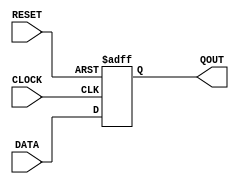
/******************************************************/ 
// @brief: 
// @copyright: 
// @license: 
// @birth: created by xcz on 2022.6.15
// @version: 
// @revision: last revised by xcz on 2022.6.15
/******************************************************/ 
module pDFF(DATA,QOUT,CLOCK,RESET);
//  D
parameter WIDTH = 1;
input [WIDTH-1:0] DATA;
input CLOCK, RESET;
output [WIDTH-1:0] QOUT;
reg [WIDTH-1:0] QOUT;


always @(posedge CLOCK or negedge RESET)
begin
if (~RESET) 
//dff
    QOUT <= 0; //0
else
    QOUT <= DATA; //DATA
end
endmodule